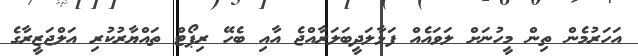
އަހަރުމެން ތިން މީހުނަށް ލަވައެއް ފަޅާލަދީބަލަރާއްޖެ އާއި ބެހޭ ރިޕޯޓް ތައްޔާރުކުރި އަލްޖަޒީރާގެ